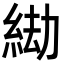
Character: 𦀖